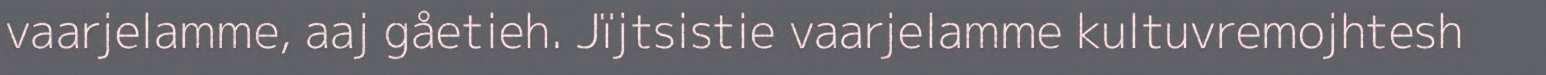
vaarjelamme, aaj gåetieh. Jïjtsistie vaarjelamme kultuvremojhtesh